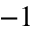
- 1